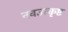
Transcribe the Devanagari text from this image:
नवउत्कृष्ट